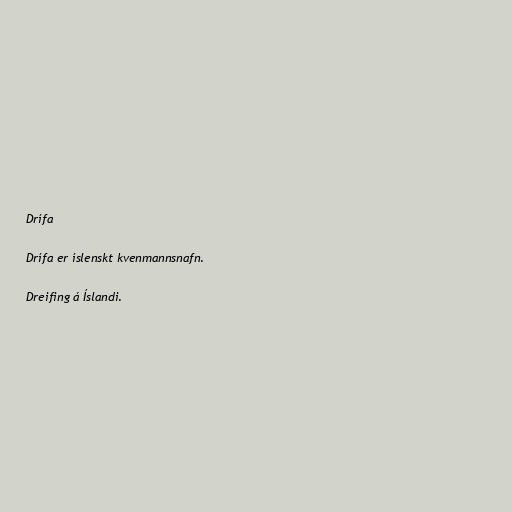
Drífa

Drífa er íslenskt kvenmannsnafn.

Dreifing á Íslandi.